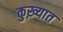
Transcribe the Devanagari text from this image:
कुख़्यात